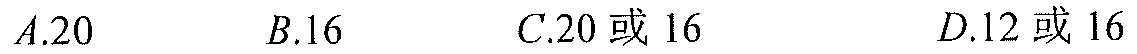
$A.20\quad B.16\quad C.20或16\quad D.12或16$